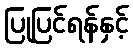
ပြုပြင်ရန်နှင့်